Lunatic asylums Central Provinces reports 1895-1909 - 1895-1909
Year: 1895
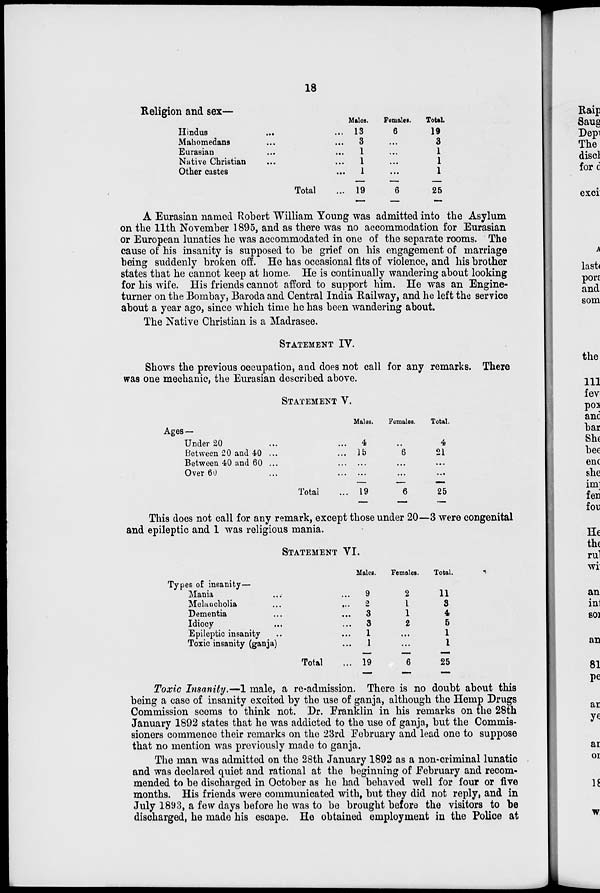
18
Religion and sex—
Hindus
...
...
Mahomedans ... ...
Eurasian ... ...
Native Christian ... ...
Other castes ...
Total ...
Males.
13
3
1
1
1
19
Females.
6
...
...
...
...
6
Total.
19
3
1
1
1
25
A Eurasian named Robert William Young was admitted into the Asylum
on the 11th November 1895, and as there was no accommodation for Eurasian
or European lunatics he was accommodated in one of the separate rooms. The
cause of his insanity is supposed to be grief on his engagement of marriage
being suddenly broken off. He has occasional fits of violence, and his brother
states that he cannot keep at home. He is continually wandering about looking
for his wife. His friends cannot afford to support him. He was an Engine-
turner on the Bombay, Baroda and Central India Railway, and he left the service
about a year ago, since which time he has been wandering about.
The Native Christian is a Madrasee.
STATEMENT IV.
Shows the previous occupation, and does not call for any remarks. There
was one mechanic, the Eurasian described above.
STATEMENT V.
Ages—
Under 20 ... ...
Between 20 and 40 ... ...
Between 40 and 60 ... ...
Over 60 ... ...
Total ...
Males.
4
15
...
...
19
Females.
...
6
...
...
6
Total.
4
21
...
...
25
This does not call for any remark, except those under 20—3 were congenital
and epileptic and 1 was religious mania.
STATEMENT VI.
Types of insanity—
Mania ... ...
Melancholia ... ...
Dementia ... ...
Idiocy ... ...
Epileptic insanity ... ...
Toxic insanity (ganja) ...
Total ...
Males.
9
2
3
3
1
1
19
Females.
2
1
1
2
...
...
6
Total.
11
3
4
5
1
1
25
Toxic Insanity.—1 male, a re-admission. There is no doubt about this
being a case of insanity excited by the use of ganja, although the Hemp Drugs
Commission seems to think not. Dr. Franklin in his remarks on the 28th
January 1892 states that he was addicted to the use of ganja, but the Commis-
sioners commence their remarks on the 23rd February and lead one to suppose
that no mention was previously made to ganja.
The man was admitted on the 28th January 1892 as a non-criminal lunatic
and was declared quiet and rational at the beginning of February and recom-
mended to be discharged in October as he had behaved well for four or five
months. His friends were communicated with, but they did not reply, and in
July 1893, a few days before he was to be brought before the visitors to be
discharged, he made his escape. He obtained employment in the Police at